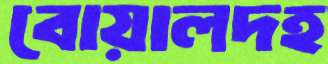
বোয়ালদহ